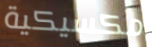
مكسيكية